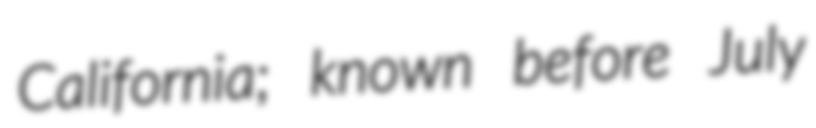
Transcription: California; known before July